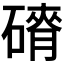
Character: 𮀾